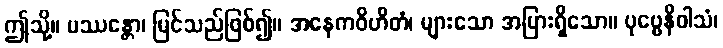
ဤသို့။ ပဿန္တော၊ မြင်သည်ဖြစ်၍။ အနေကဝိဟိတံ၊ များသော အပြားရှိသော။ ပုဗ္ဗေနိဝါသံ၊